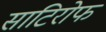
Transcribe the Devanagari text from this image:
साटिरोफ